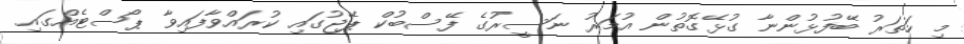
މި ހަތަރު ބޭފުޅުންނާ ގުޅޭގޮތުން އުމަރު ނަސީރުގެ ފޭސްބުކް ޕޭޖުގައި ކުރައްވާފައިވާ ޕޯސްޓެއްގައި